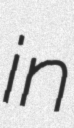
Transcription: in